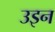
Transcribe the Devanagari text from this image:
उइन